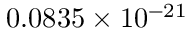
0 . 0 8 3 5 \times 1 0 ^ { - 2 1 }